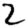
Digit: 2